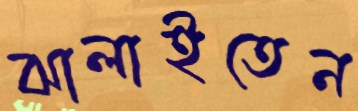
ঝালাইতেন